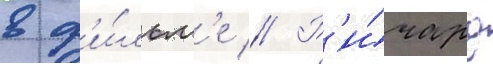
в ф'и́льм'е // Р'и́чард